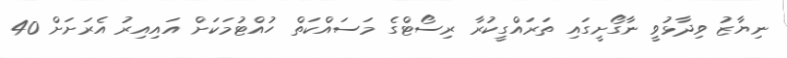
ނިޔާޒު ވިދާޅުވީ ނާގޯށީގައި ތަރައްގީކުރާ ރިސޯޓްގެ މަސައްކަތް ހުއްޓުމަކަށް އައިއިރު އެރަށަށް 40